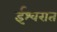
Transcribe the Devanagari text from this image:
ईश्वरात